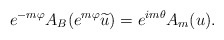
\begin{align*} e^{-m\varphi}A_B(e^{m\varphi}\widetilde u)=e^{im\theta}A_m(u).\end{align*}